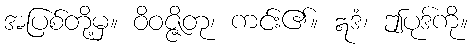
အပြစ်တို့မှ။ ဝိဝဇ္ဇိတု၊ ကင်း၏။ ဣဒံ၊ ဤပုဒ်ကို။